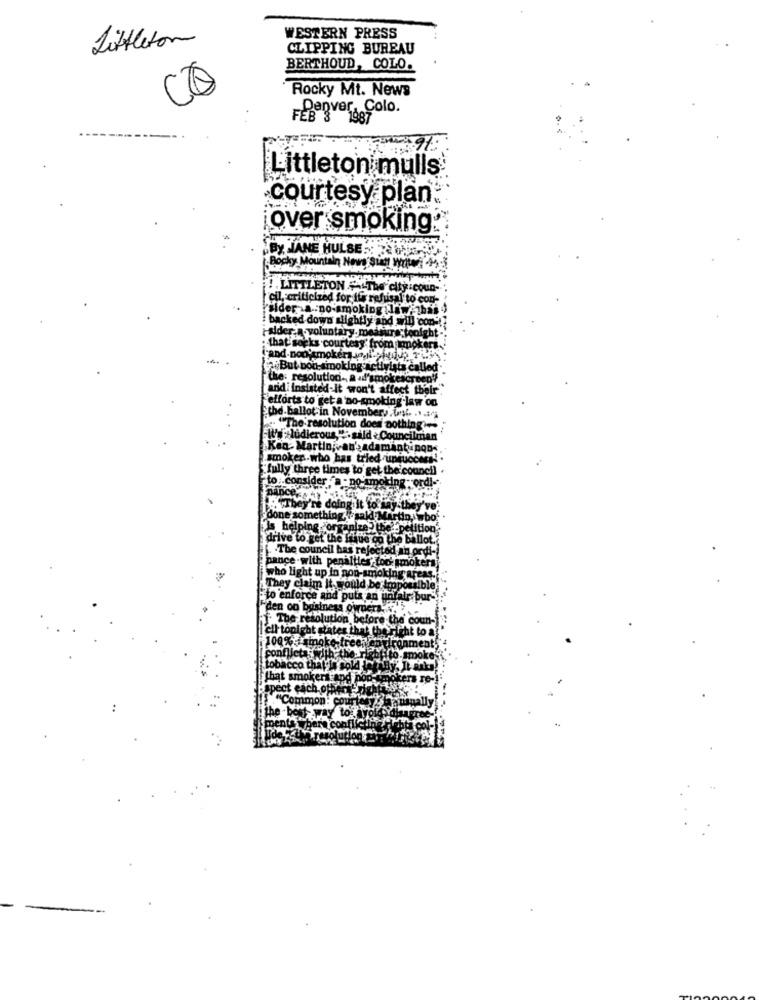
Littleton
WESTERN PRESS
CLIPPING BUREAU
BERTHOUD, COLO.
CO
Rocky Mt. News
Denver, Colo.
Littleton mulls
courtesy plan:
over smoking.
.By, JANE HULSE ::
Rocky Mountain Nowe Sud WitMi Me-
.LITTLETON ""The city :coun-
cil, criticized for its refusal
Hide
rand.
smo
fully three times to get
DO-An
re doing it to
done
ething
Is b
Tique og the ballot.
.The council
pance
took smoke
who light up in no
ey claim it go
to enforce and puts an
den on by
f. The re
the
cilt
alebt
100%5 min
aflicta
Macco tha